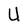
Character: U